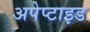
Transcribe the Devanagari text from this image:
अपेप्टाइड